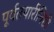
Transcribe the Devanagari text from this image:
पूर्वतयारीनिशी